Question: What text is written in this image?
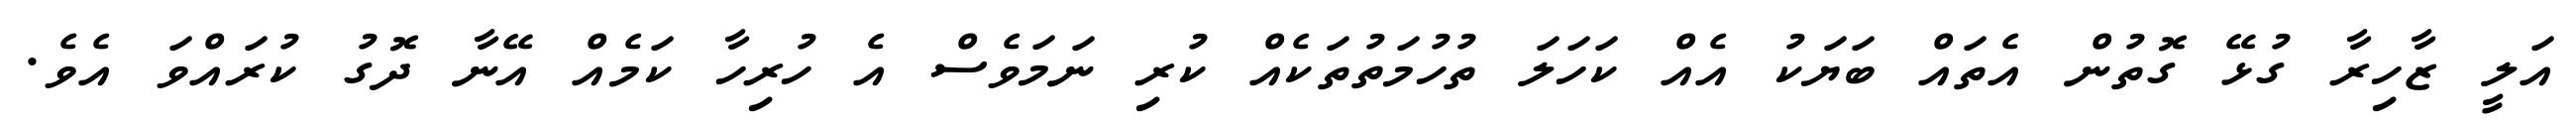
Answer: އަލީ ޒާހިރާ ގުޅޭ ގޮތުން އެތައް ބަޔަކު އެއް ކަހަލަ ތުހުމަތުތަކެއް ކުރި ނަމަވެސް އެ ހުރިހާ ކަމެއް އޭނާ ދޮގު ކުރައްވަ އެވެ.